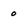
Character: 0